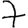
Digit: 7